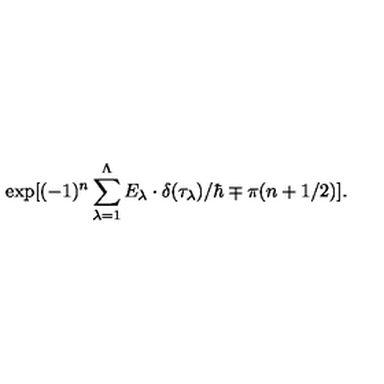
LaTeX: \exp [ ( - 1 ) ^ { n } \sum _ { \lambda = 1 } ^ { \Lambda } E _ { \lambda } \cdot \delta ( \tau _ { \lambda } ) / \hbar \mp \pi ( n + 1 / 2 ) ] .